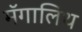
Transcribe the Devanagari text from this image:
मॅगालिथ